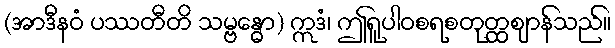
(အာဒီနဝံ ပဿတီတိ သမ္ဗန္ဓော) ဣဒံ၊ ဤရူပါဝစရစတုတ္ထဈာန်သည်။